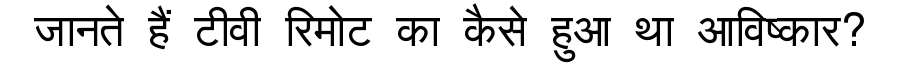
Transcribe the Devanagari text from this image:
जानते हैं टीवी रिमोट का कैसे हुआ था आविष्कार?